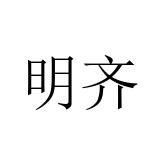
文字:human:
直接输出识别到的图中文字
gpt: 明齐